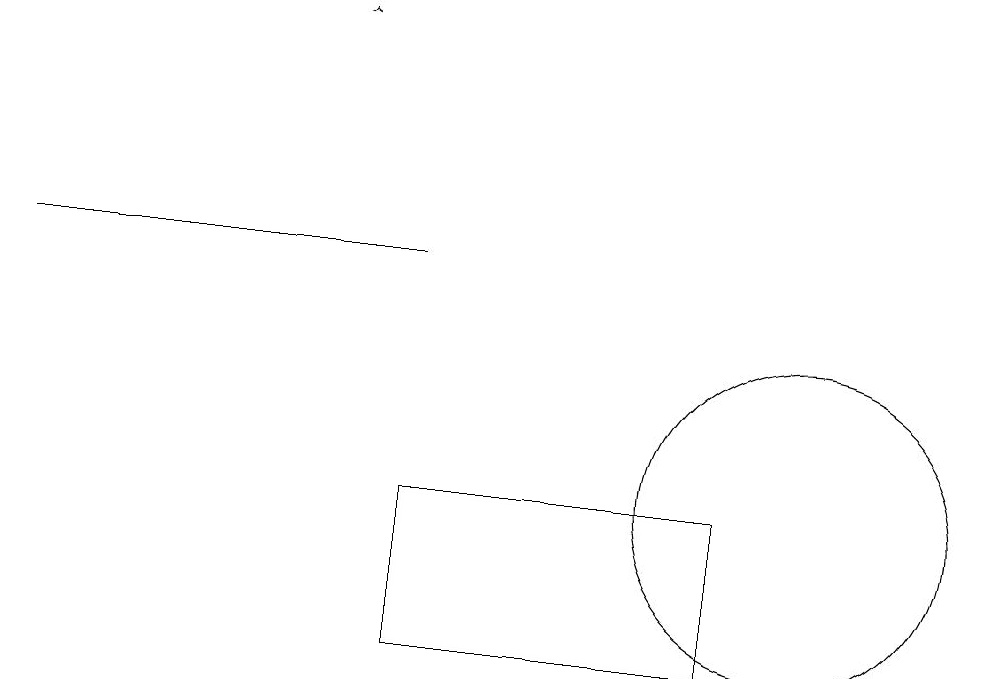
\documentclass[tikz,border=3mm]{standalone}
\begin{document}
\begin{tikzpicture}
\draw (5,12) rectangle (9,10);
\draw (0,15) rectangle (5,15);
\draw[->] (4,18) -- (4,18);
\draw (10,12) circle (2);
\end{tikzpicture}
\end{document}